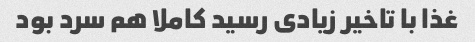
غذا با تاخیر زیادی رسید کاملا هم سرد بود